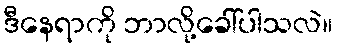
ဒီနေရာကို ဘာလို့ခေါ်ပါသလဲ။